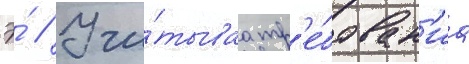
Э́ // Учи́тываа тр'е́бован'иа